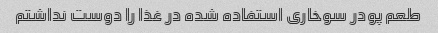
طعم پودر سوخاری استفاده شده در غذا را دوست نداشتم